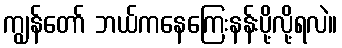
ကျွန်တော် ဘယ်ကနေကြေးနန်းပို့လို့ရလဲ။